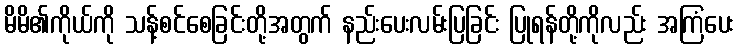
မိမိ၏ကိုယ်ကို သန့်စင်စေခြင်းတို့အတွက် နည်းပေးလမ်းပြခြင်း ပြုရန်တို့ကိုလည်း အကြံပေး